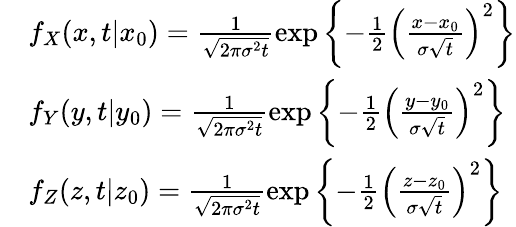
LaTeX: \begin{array}{rl}&{f_{X}(x,t\vert x_{0})=\frac{1}{\sqrt{2\pi\sigma^{2}t}}\exp\left\lbrace-\frac{1}{2}\left(\frac{x-x_{0}}{\sigma\sqrt{t}}\right)^{2}\right\rbrace}\\ &{f_{Y}(y,t\vert y_{0})=\frac{1}{\sqrt{2\pi\sigma^{2}t}}\exp\left\lbrace-\frac{1}{2}\left(\frac{y-y_{0}}{\sigma\sqrt{t}}\right)^{2}\right\rbrace}\\ &{f_{Z}(z,t\vert z_{0})=\frac{1}{\sqrt{2\pi\sigma^{2}t}}\exp\left\lbrace-\frac{1}{2}\left(\frac{z-z_{0}}{\sigma\sqrt{t}}\right)^{2}\right\rbrace}\end{array}